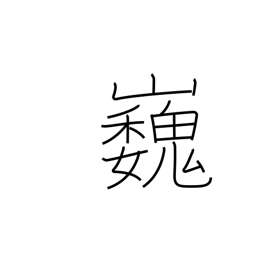
Meaning: high